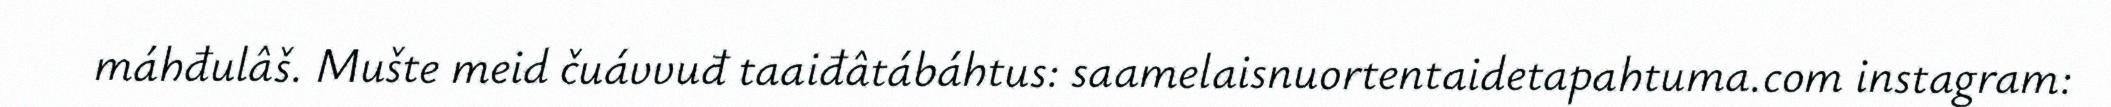
máhđulâš. Mušte meid čuávvuđ taaiđâtábáhtus: saamelaisnuortentaidetapahtuma.com instagram: